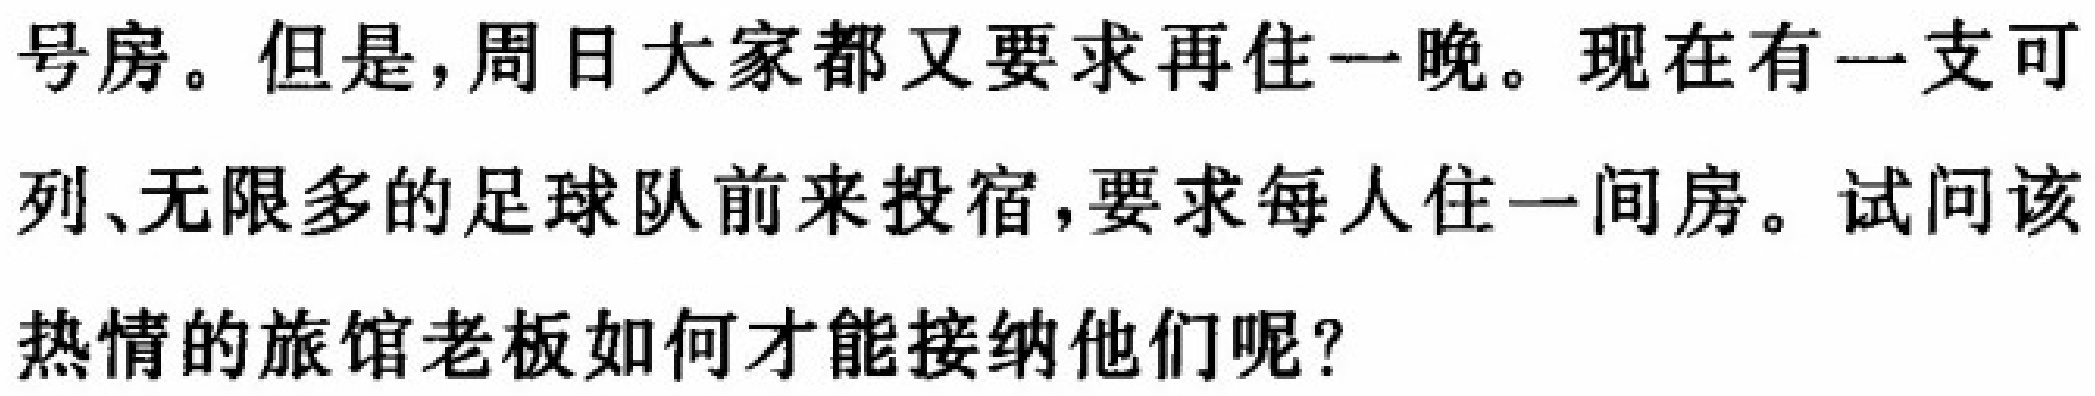
号房。但是，周日大家都又要求再住一晚。现在有一支可
列、无限多的足球队前来投宿，要求每人住一间房。试问该
热情的旅馆老板如何才能接纳他们呢？